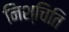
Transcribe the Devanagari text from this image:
निश्चिति